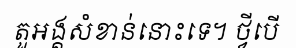
តួអង្គសំខាន់នោះទេ។ ថ្វីបើ